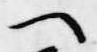
へ